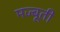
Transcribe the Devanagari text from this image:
मज्बूती